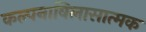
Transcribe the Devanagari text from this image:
कल्पनाविलासात्मक